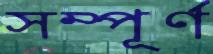
সম্পূর্ণ